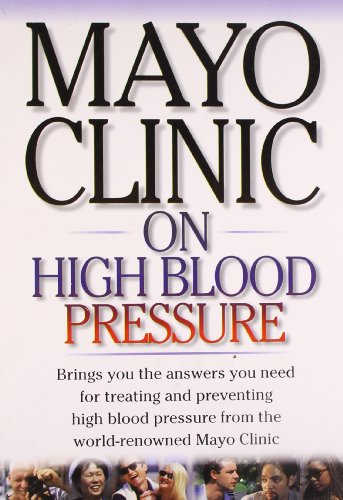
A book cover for Mayo Clinic on High Blood Pressure; Arthritis Foundation; Health, Fitness & Dieting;